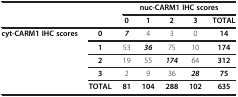
<table><thead><tr><td><b> </b></td><td><b> </b></td><td colspan="5"><b>nuc-CARM1 IHC scores</b></td></tr><tr><td><b> </b></td><td><b> </b></td><td><b>0</b></td><td><b>1</b></td><td><b>2</b></td><td><b>3</b></td><td><b>TOTAL</b></td></tr></thead><tbody><tr><td rowspan="4"><b>cyt-CARM1 IHC scores</b></td><td><b>0</b></td><td><b><i>7</i></b></td><td>4</td><td>3</td><td>0</td><td><b>14</b></td></tr><tr><td><b>1</b></td><td>53</td><td><b><i>36</i></b></td><td>75</td><td>10</td><td><b>174</b></td></tr><tr><td><b>2</b></td><td>19</td><td>55</td><td><b><i>174</i></b></td><td>64</td><td><b>312</b></td></tr><tr><td><b>3</b></td><td>2</td><td>9</td><td>36</td><td><b><i>28</i></b></td><td><b>75</b></td></tr><tr><td> </td><td><b>TOTAL</b></td><td><b>81</b></td><td><b>104</b></td><td><b>288</b></td><td><b>102</b></td><td><b>635</b></td></tr></tbody></table>